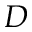
D